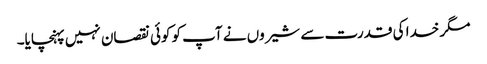
مگر خدا کی قدرت سے شیروں نے آپ کو کوئی نقصان نہیں پہنچایا۔